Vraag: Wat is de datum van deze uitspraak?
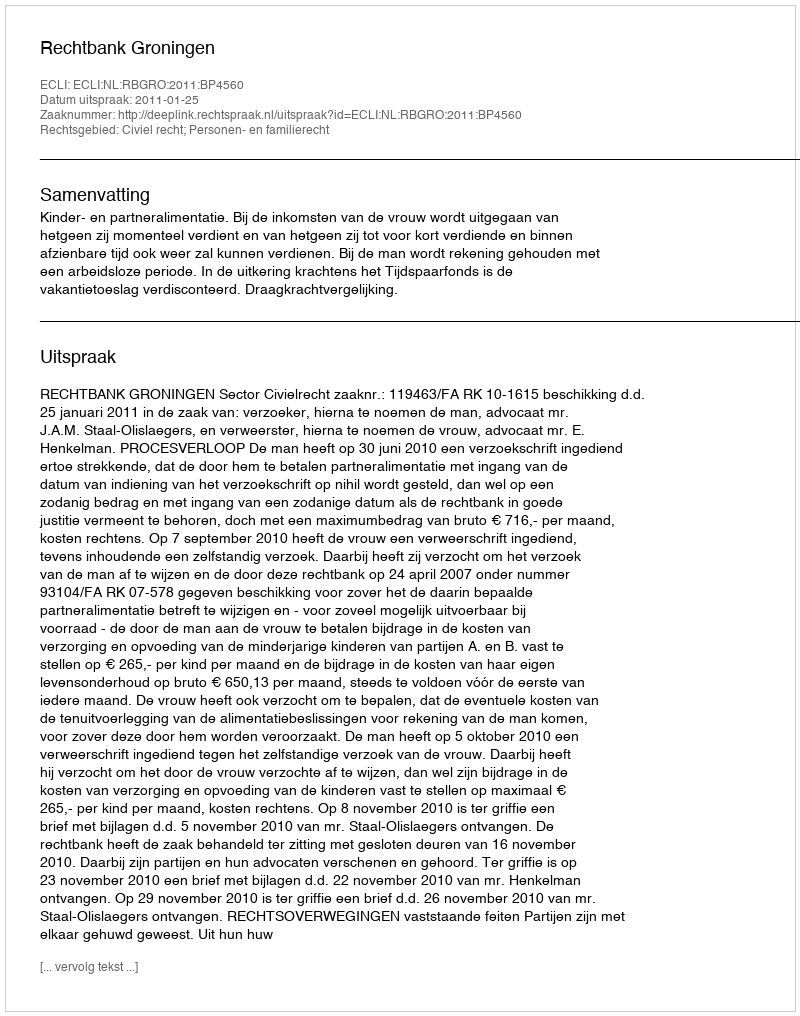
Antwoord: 2011-01-25